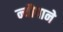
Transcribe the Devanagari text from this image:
न्यौपाने